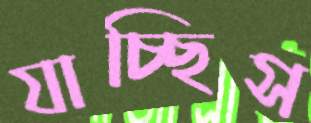
যাচ্ছিস